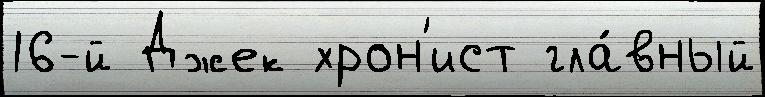
16-й Джек хрон'ист гла́вный